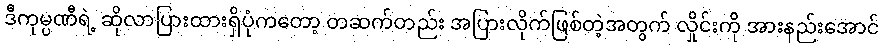
ဒီကုမ္ပဏီရဲ့ ဆိုလာပြားထားရှိပုံကတော့ တဆက်တည်း အပြားလိုက်ဖြစ်တဲ့အတွက် လှိုင်းကို အားနည်းအောင်